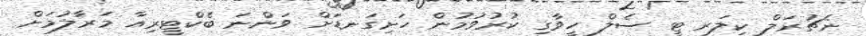
ނެޗުރަލް ކިލަރ ޓީ ސެލް ހީވާގި ކުރުވުމުން ހަށިގަނޑަށް ވަންނަ ބެކްޓީރިއާ މަރާލުމަށް